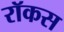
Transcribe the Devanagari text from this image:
रॉकस